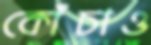
কোঁচাও